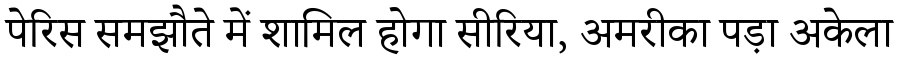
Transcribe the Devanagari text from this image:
पेरिस समझौते में शामिल होगा सीरिया, अमरीका पड़ा अकेला